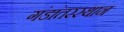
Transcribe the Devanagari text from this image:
गंडांतरस्थान